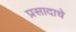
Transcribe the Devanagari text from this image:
प्रसादाचे